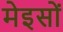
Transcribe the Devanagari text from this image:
मेइसों